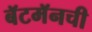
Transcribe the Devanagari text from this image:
बॅटमॅनची